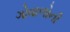
ગોવાળોની